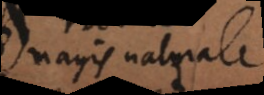
magis naturale